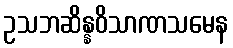
ဥသဘဆိန္နဝိသာဏသမေန